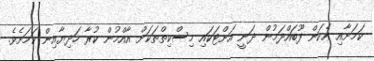
ކަމަށާއި އެކަން ފޫބައްދަމުން ދަނީ އަށްޓަކައި މިސްކިތްތަކަށް އާއްމުން ކުރާ ހަދިޔާއިން ކަމަށެވެ.